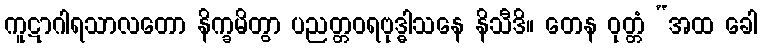
ကူဋာဂါရသာလတော နိက္ခမိတွာ ပညတ္တဝရဗုဒ္ဓါသနေ နိသီဒိ။ တေန ဝုတ္တံ “အထ ခေါ